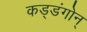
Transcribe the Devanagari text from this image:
कड्डंगोन्